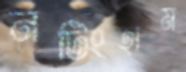
নটিংহাম